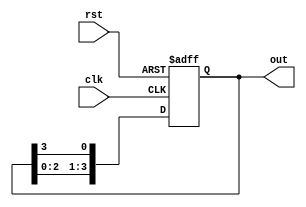
module ring_counter #(parameter N = 4) (
    input wire clk,          // Clock signal
    input wire rst,          // Asynchronous reset signal
    output reg [N-1:0] out   // Output state of the counter
);

// Initialization
initial begin
    out = 1'b1;  // Set the first flip-flop to '1'
end

always @(posedge clk or posedge rst) begin
    if (rst) begin
        out <= 1'b1;  // Reset the counter to the initial state
    end else begin
        out <= {out[N-2:0], out[N-1]};  // Shift the '1' to the next flip-flop
    end
end

endmodule